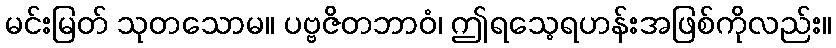
မင်းမြတ် သုတသောမ။ ပဗ္ဗဇိတဘာဝံ၊ ဤရသေ့ရဟန်းအဖြစ်ကိုလည်း။